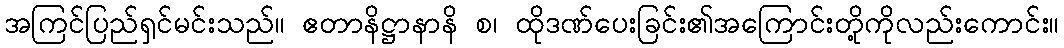
အကြင်ပြည်ရှင်မင်းသည်။ ဧတာနိဋ္ဌာနာနိ စ၊ ထိုဒဏ်ပေးခြင်း၏အကြောင်းတို့ကိုလည်းကောင်း။